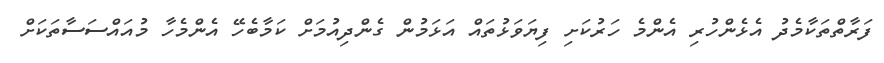
ފަރާތްތަކާމެދު އެޅެންހުރި އެންމެ ހަރުކަށި ފިޔަވަޅުތައް އަޅަމުން ގެންދިއުމަށް ކަމާބެހޭ އެންމެހާ މުއައްސަސާތަކަށް